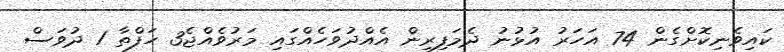
ކައިވެނިކޮށްގެން 74 އަހަރު އުޅުނު ދެމަފިރިން އެއްދުވަހެއްގައި މަރުވެއްޖެ3 ހަފްތާ 1 ދުވަސް